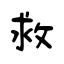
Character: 救